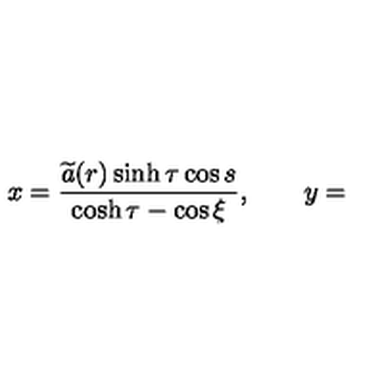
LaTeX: x = \frac { \widetilde { a } ( r ) \sinh \tau \cos s } { \cosh \tau - \cos \xi } , \qquad y =